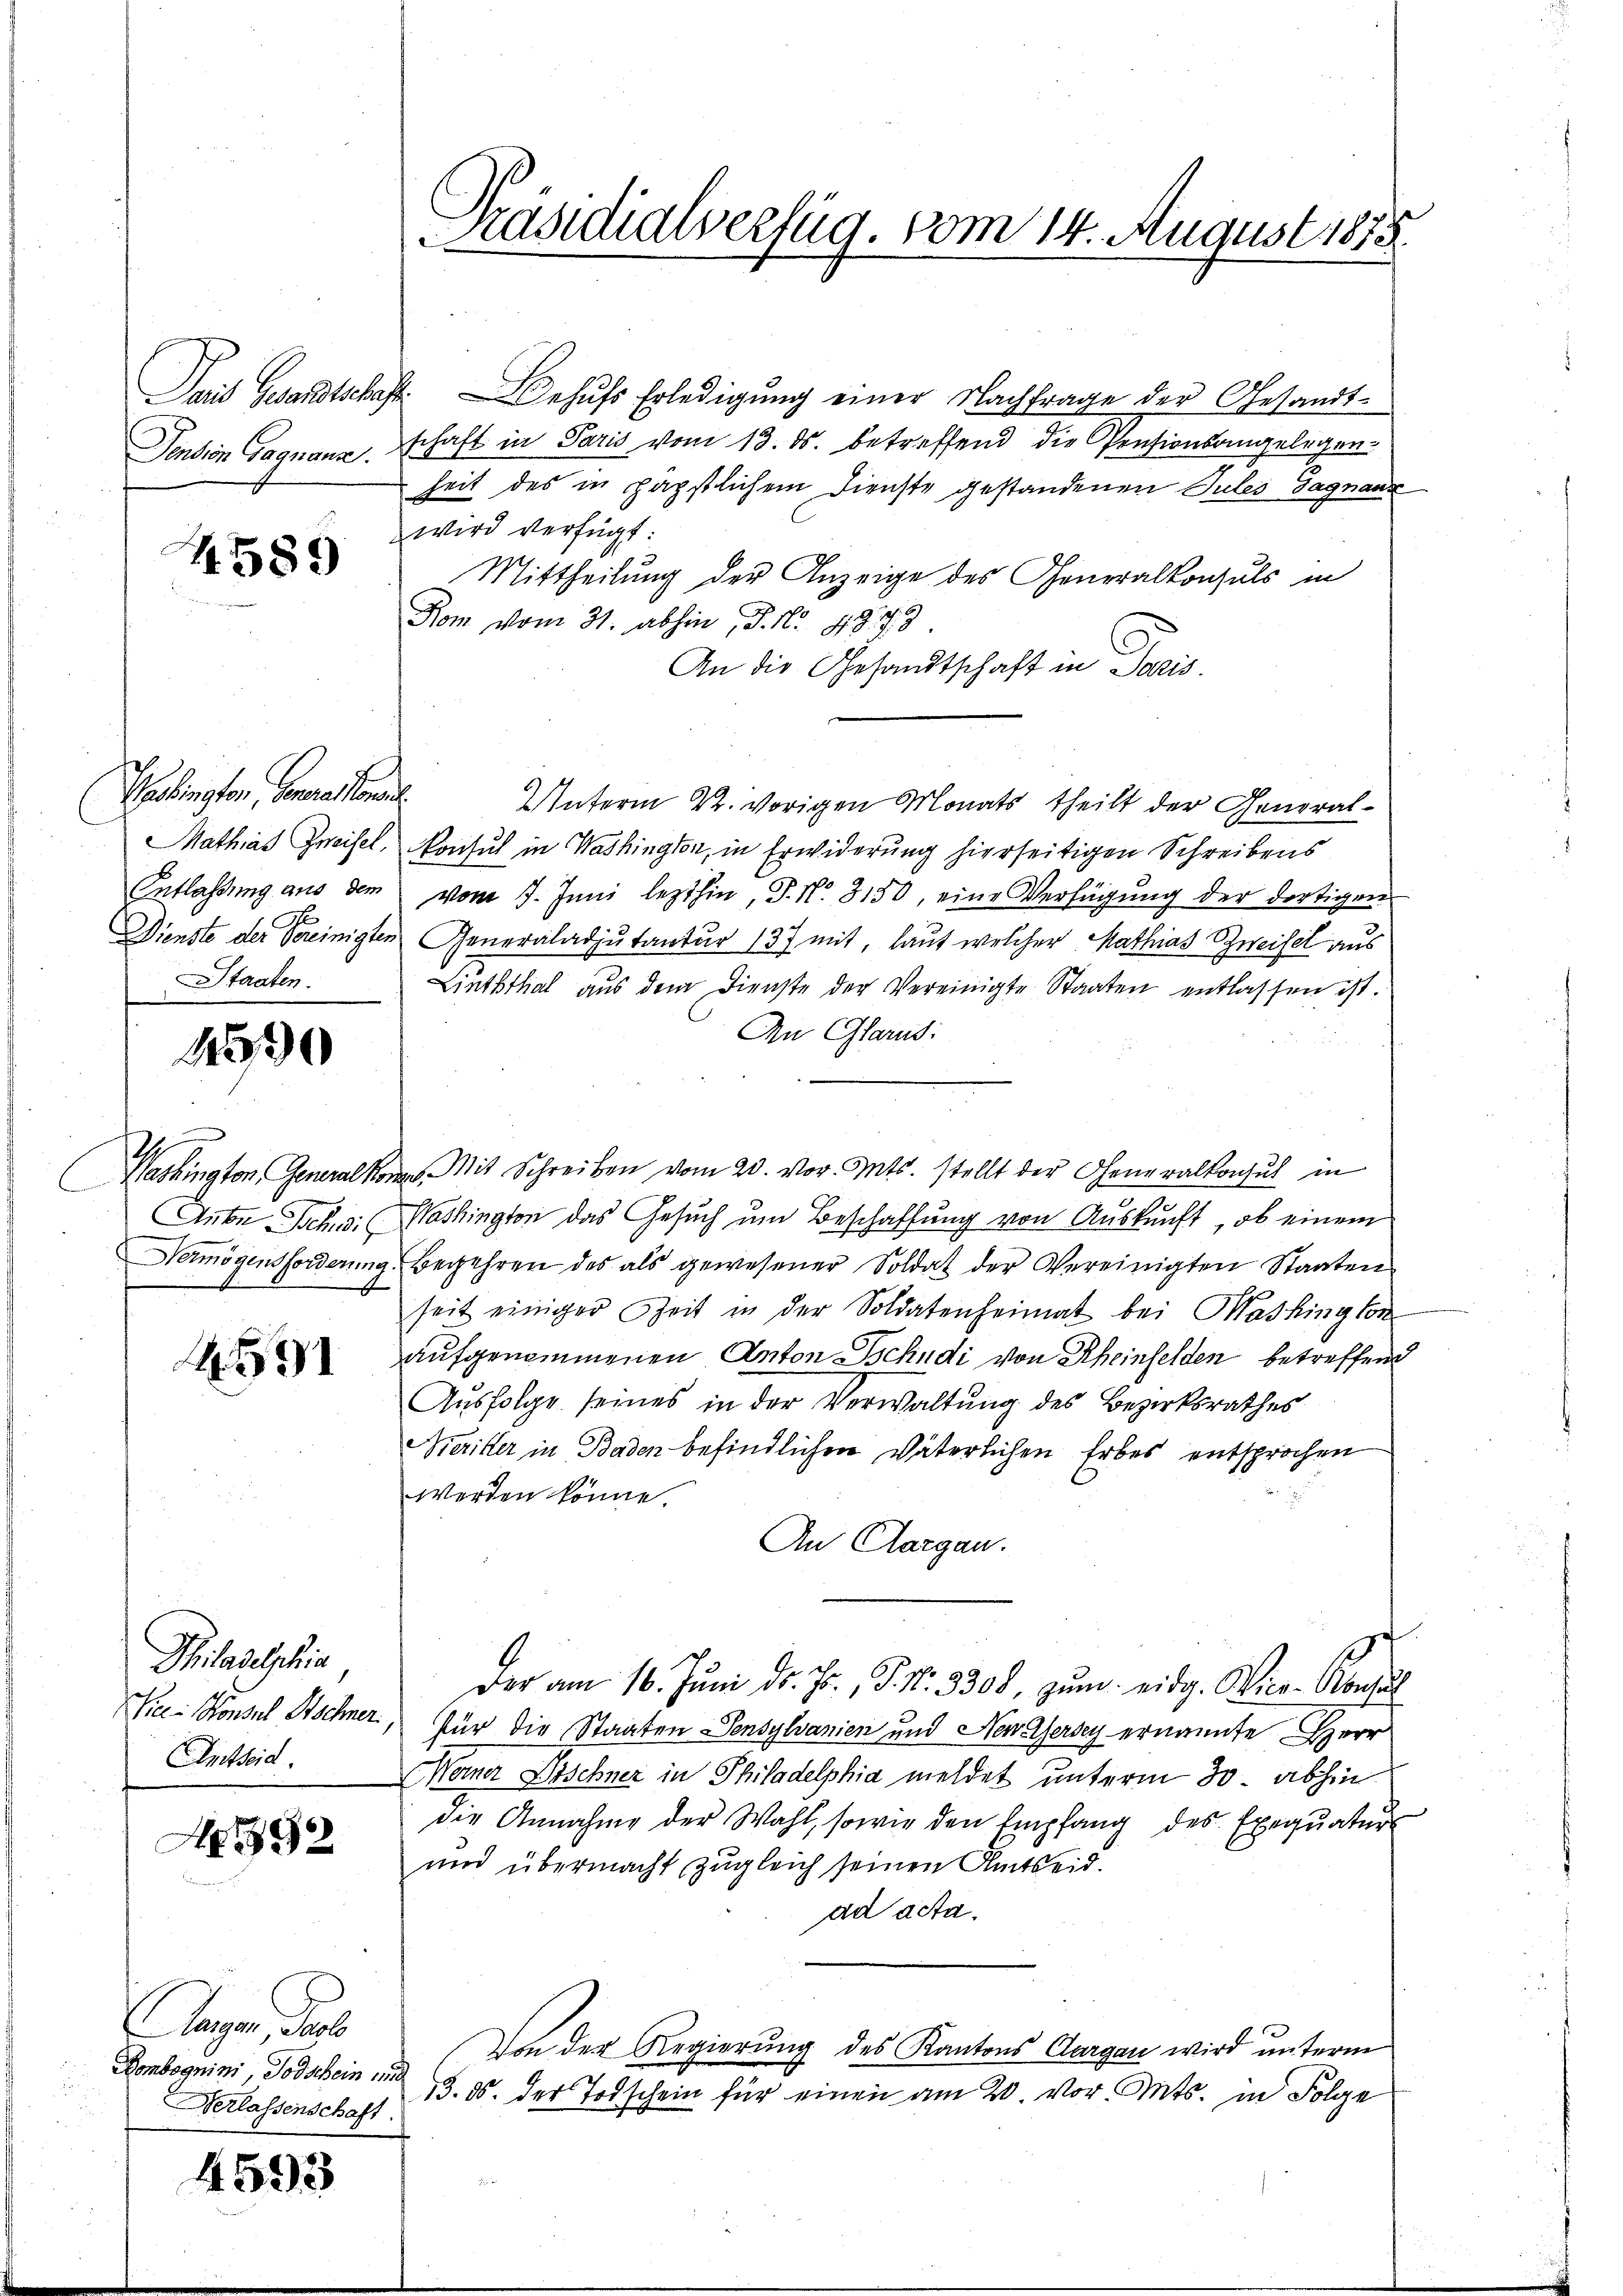
Pension Gagnanz

4589

Verbringten, Generalkonst
Staaten.

1

.

A

Sais Gesandtschaftehŭfs Erledigŭng einer Nachfrage der Gesandt-
schaft in Paris vom 13. ds. betreffend die Pensionsangelegenheit des in päpstlichem Dienste gestandenen Tules Sagnanz
wird verfügt:
Mittheilung der Anzeige des Generalkonsuls in
Kom vom 31. abhin, P. Nr. 497. 3
An die Gesandtschaft in Paris.
Unterm 22. vorigen Monats theilt der General¬
Mathias Zweisel, Konsul in Washington, in Erwiderung hierseitigen Schreibens
Entlassŭng aus dem vom 7. Juni lezthin, S. N. 3150, eine Verfügŭng der dortigen
Dienste der Vereinigten Generaladjutantur 137 mit, laut welcher Mathias Zweifel aus
Linththal aus dem Dienste der Vereinigte Staaten entlassen ist.
An Glarus:
Washington, Generalkon. Mit Schreiben vom 20. vor. Mts. stellt der Generalkonsul in
Aute Schw. Washington das Gesuch um Beschaffung von Auskunft, ob einem
Vermögensforderŭng begehren des als gewesener Soldat der Vereinigten Staaten
seit einiger Zeit in der Soldatenheimat bei Washington
aufgenommenen Anton Tschudi von Rheinfelden betreffend
Ausfolge seines in der Verwaltung des Bezirksrathes
eriller in Baden befindlichen Väterlichen Erbes entsprochen
werden könne.
An Aargau.
Der am 16. Juni d. Js., P. Nr. 3308, zŭm eidg. Vice-Konsul
Vice-Konsul Schner, für die Staaten Pensylvanien und New Jersey ernannte Herr
omer Sischner in Philadelphia meldet unterm 30. abhin
die Annahme der Wahl, sowie den Empfang des Exequatur
und übermacht zugleich seinen Amtseid.
ad acta.
Von der Regierung des Kantons Aargau wird unterm
Bombegrini, Todschein 3. d. der Todschein für einen am 20. vor. Mts. in Folge

Philadelphia
Entseid.

992

Aeger, das
Verlassenschaft.

4593

Präsidialverfüg, vom 14. August 1878